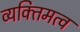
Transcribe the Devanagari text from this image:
व्यक्‍तिमत्व